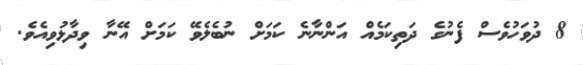
8 ދުވަހުވެސް ފެނުގެ ދަތިކަމެއް އަންނާނެ ކަމަށް ނުބެލެވޭ ކަމަށް އޭނާ ވިދާޅުވިއެވެ.